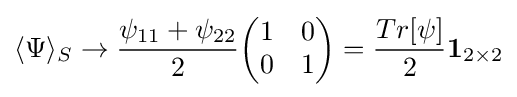
\langle \Psi \rangle _{S}\rightarrow {\frac {\psi _{11}+\psi _{22}}{2}}{\begin{pmatrix}1&0\\0&1\end{pmatrix}}={\frac {Tr[\psi ]}{2}}\mathbf {1} _{2\times 2}